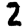
Digit: 2